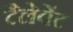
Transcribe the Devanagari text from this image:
टैलेवेंट